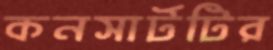
কনসার্টটির